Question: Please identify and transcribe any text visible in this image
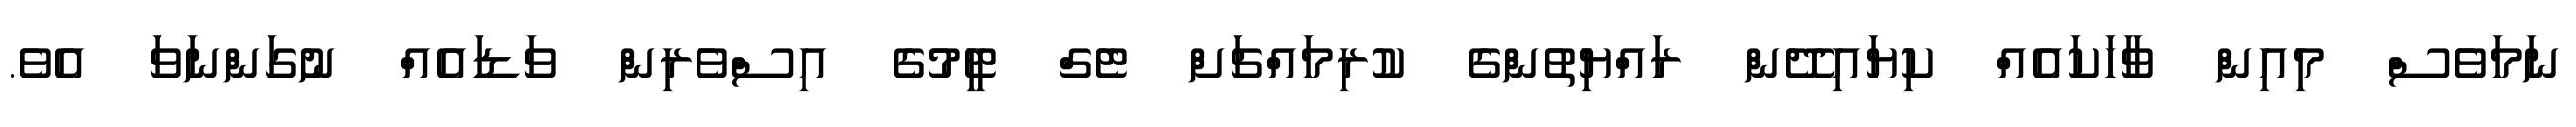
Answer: ނަމަވެސް މިއިން ވާހަކައެއް ކިޔައިދޭން ރައްޔިތުންގެ ކުރިމައްޗަށް ޓެގް ޓީމުގެ އިސްވެރިން ވަޑައެއް ނުގަންނަވަ އެވެ.